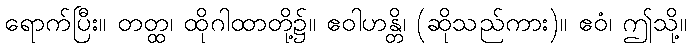
ရောက်ပြီး။ တတ္ထ၊ ထိုဂါထာတို့၌။ ဧဝါဟန္တိ၊ (ဆိုသည်ကား)။ ဧဝံ၊ ဤသို့။